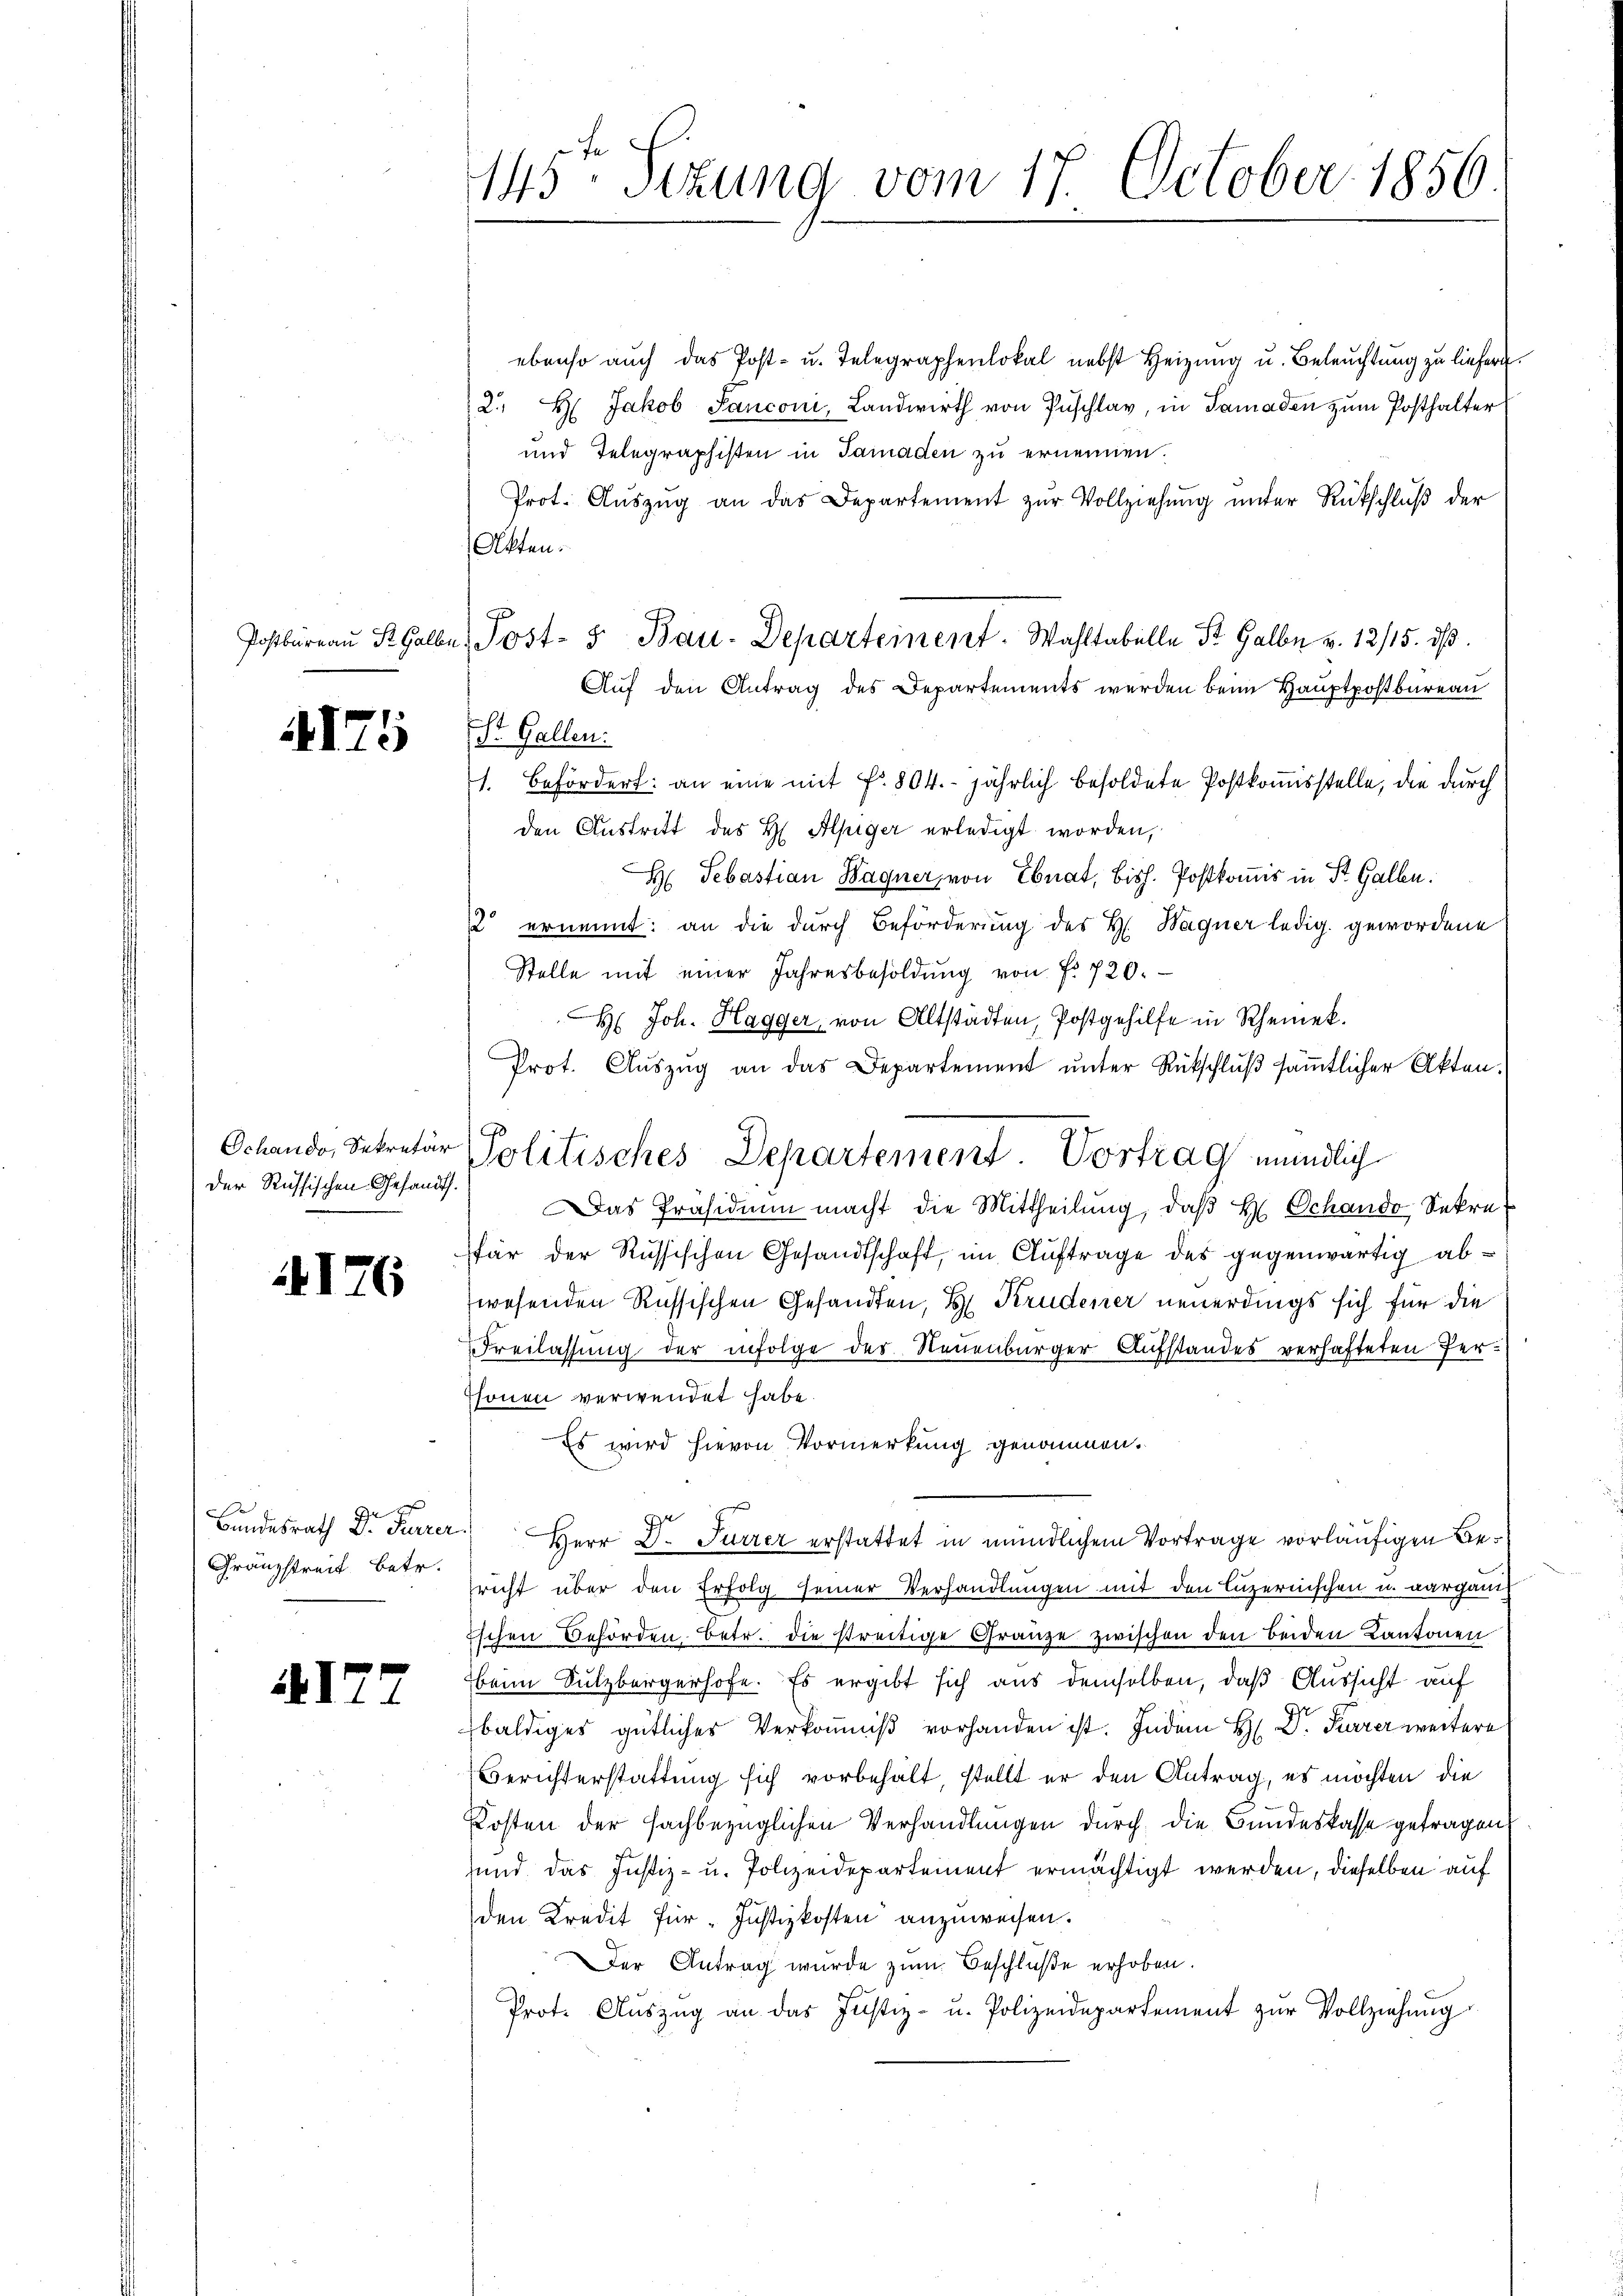
4175

Der Russischen Gesandt.

4176

Franzstreit betr.

14127

145ten Sizung vom 17. October 1856

ebenso auch das Post- u. Telegraphenlokal nebst Heizung u. Beleuchtung zu liefern.
2., H: Jakob Sanconi, Landwirth von Zuschlag, in Samaden zum Posthalter
und Telegraphisten in Samaden zu ernennen.
Prot. Aŭszŭg an das Departement zŭr Vollziehŭng ŭnter Rückschlŭβ der
Akten.
Auf den Antrag des Departements werden beim Hauptpostbureau
t
d. Gallen:
1. Befördert: an eine mit fr. 804. jährlich besoldete Postkomisstelle, die durch
den Austritt des H Alpiger erledigt worden,
H Sebastian Hagner, von Ebnat, bish. Postkomis in St. Galle.
2 ernennt: an die durch Beförderung des H. Wagner ledig gewordene
Stelle mit einer Jahresbesoldung von f. 720.
H. Joh. Hagger, von Altstädten, Postgehilfe in Rheinek.
Prot. Aŭszŭg an das Departement ŭnter Rückschlŭβ säṁtlicher Akten.
Das Präsidiŭm macht die Mittheilŭng, daβ H. Schande Sekret
fär der Russischen Gesandtschaft, im Auftrage des gegenwärtig abwesenden Russischen Gesandten, H. Krudener neuerdings sich für die
Freilassung der infolge des Neuenburger Aufstandes verhafteten Per¬
Esonen verwendet habe.
Es wird hievon Vormerkung genommen.
Bundesrath Dr. Furrer Herr Dr. Furrer erstattet in mündlichem Vortrage vorläufigen Bepricht über den Erfolg seiner Verhandlungen mit den Luzernischen u. aarganis
Eschen Behörden, betr. die streitige Gränze zwischen den beiden Kantonen
beim Sulzbergerhofe. Es ergibt sich aus demselben, daß Aussicht auf
baldiges gütlicher Verkomniß vorhanden ist. Indem H: Dr. Furrer weitere
Berichterstattung sich vorbehält, stellt er den Antrag, es möchten die
Kosten der sachbezüglichen Verhandlungen durch die Bundeskasse getragen.
und das Justiz- u. Polizeidepartement ermächtigt werden, dieselben auf
den Kredit für Justizkosten anzuweisen.
Der Antrag wurde zum Beschlüße erhoben.
Prot. Aŭszŭg an das Justiz- u. Polizeidepartement zur Vollziehung

Postbüreaŭ ½ Halbe, Post- & Bau-Departement. Wahltabelle St. Galbe v. 12/15. dβ

Oclando, Dekretär Politisches Departement Vortrag mündlich